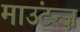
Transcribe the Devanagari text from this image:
माउंटन्ज़